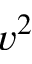
v ^ { 2 }